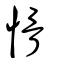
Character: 愲